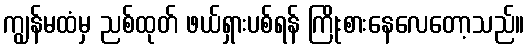
ကျွန်မထံမှ ညစ်ထုတ် ဖယ်ရှားပစ်ရန် ကြိုးစားနေလေတော့သည်။